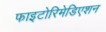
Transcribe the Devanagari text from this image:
फाइटोरिमेडिएशन